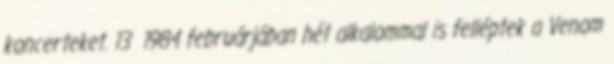
koncerteket. 13 1984 februárjában hét alkalommal is felléptek a Venom